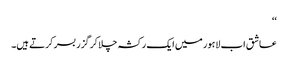
‘‘
عاشق اب لاہور میں ایک رکشہ چلا کر گزر بسر کرتے ہیں۔